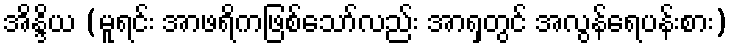
အိန္ဒိယ (မူရင်း အာဖရိကဖြစ်သော်လည်း အာရှတွင် အလွန်ရေပန်းစား)